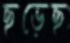
ছড়েছ